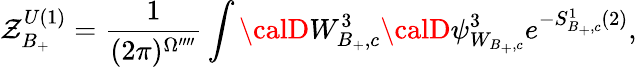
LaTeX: \mathcal{Z}_{B_{+}}^{U(1)}=\frac{{1}}{{(2\pi)^{\Omega^{\prime\prime\prime\prime}}}}\int{\calD}W_{B_{+},c}^{3}{\calD}\psi_{W_{B_{+},c}}^{3}e^{-S_{B_{+},c}^{1}(2)},